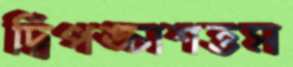
দ্বিপঙ্চাশত্তম